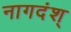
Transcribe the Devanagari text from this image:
नागदंश्